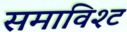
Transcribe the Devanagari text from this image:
समाविश्ट